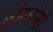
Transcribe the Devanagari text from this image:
लोकांनां